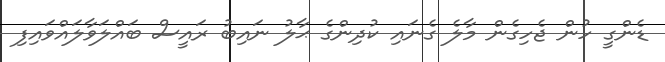
ޑެންގީ ހުން ޖެހިގެން މާލެ ގެނައި ކުދިންގެ ޙާލު ނައިބު ރައީސް ބައްލަވާލައްވައިފި